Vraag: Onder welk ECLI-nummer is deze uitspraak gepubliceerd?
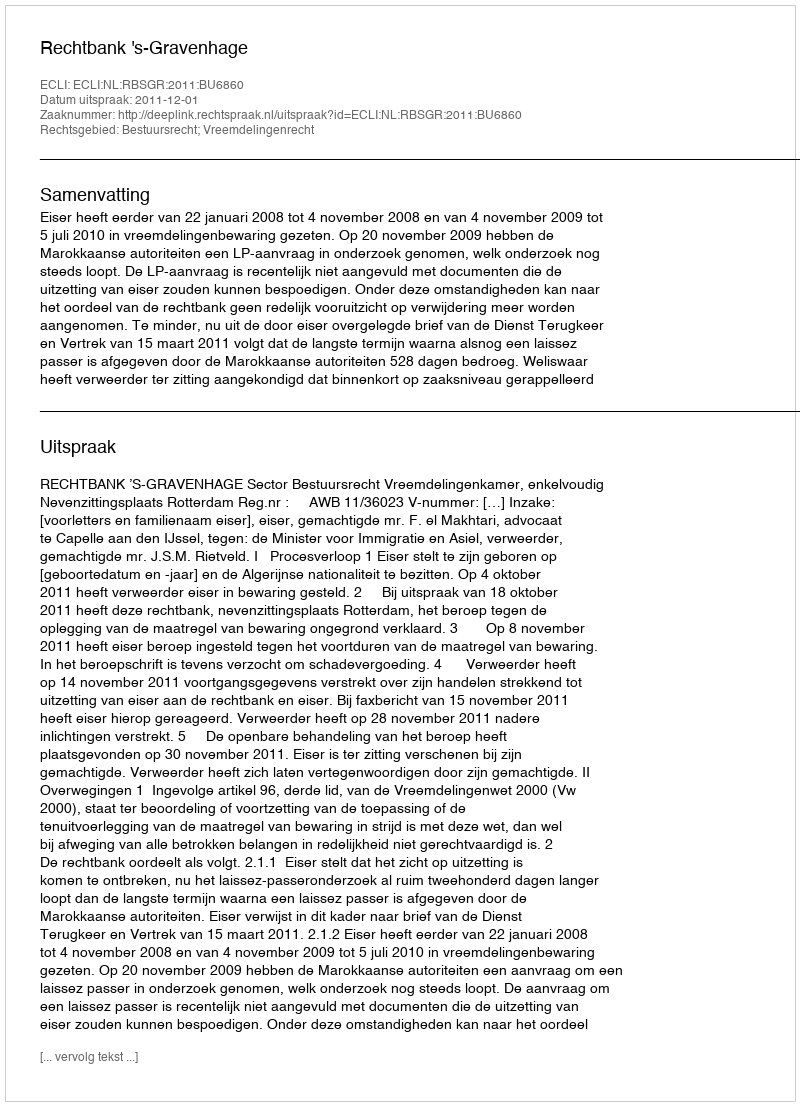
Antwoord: ECLI:NL:RBSGR:2011:BU6860